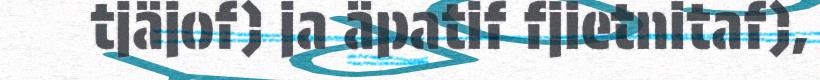
tjäjof) ja äpatif fjietnitaf),